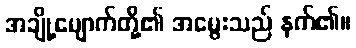
အချို့မျောက်တို့၏ အမွေးသည် နက်၏။